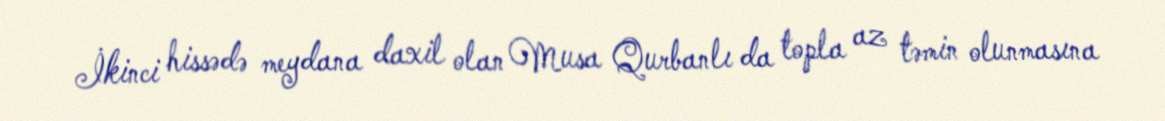
İkinci hissədə meydana daxil olan Musa Qurbanlı da topla az təmin olunmasına